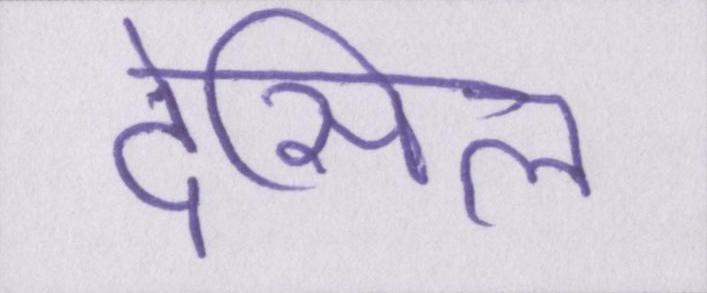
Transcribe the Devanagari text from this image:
देसिल